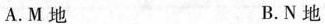
A.M地 B.N地